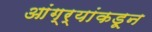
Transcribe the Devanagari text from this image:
आंग्र्‌यांकडून